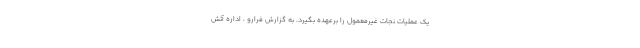
یک عملیات نجات غیرمعمول را برعهده بگیرد. به گزارش فرارو ، اداره آتش